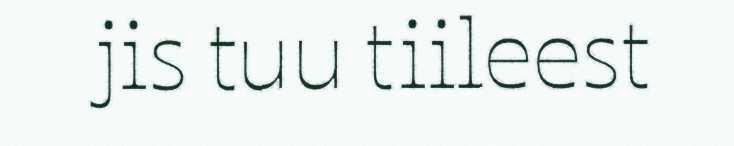
jis tuu tiileest